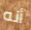
أنه